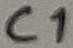
Text: C1